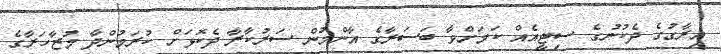
އިރާގުގެ ދެކުނުގެ ސިޓީއެއް ކަމަށްވާ ބަސަރާގެ އާންމުން ސަރުކާރާ ދެކޮޅަށް ކުރަމުންދާ މުޒާހަރާގެ